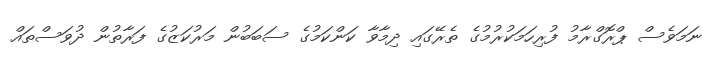
ނަމަވެސް ޕްރޮގްރާމު ފުރިހަމަކުރުމުގެ ތެރޭގައި ދިމާވާ ކަންކަމުގެ ސަބަބުން މަރުކަޒުގެ ފަރާތުން ދުވަސްތައް